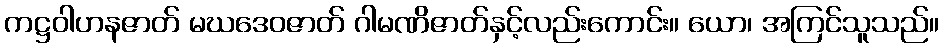
ကဋ္ဌဝါဟနဇာတ် မဃဒေဝဇာတ် ဂါမဏိဇာတ်နှင့်လည်းကောင်း။ ယော၊ အကြင်သူသည်။